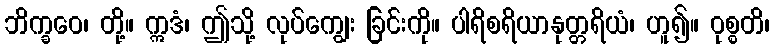
ဘိက္ခဝေ၊ တို့။ ဣဒံ၊ ဤသို့ လုပ်ကျွေး ခြင်းကို။ ပါရိစရိယာနုတ္တရိယံ၊ ဟူ၍။ ဝုစ္စတိ၊